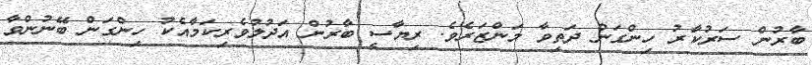
ބާރުން ސަރުކާރު ހިންގަން ދަތިވާ މަންޒަރެވެ. ރިޔާސީ ބާރުން އަދުލުވެރިކަމާއެކު ހިންގަން ބޭނުންވާ